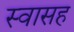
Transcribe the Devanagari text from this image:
स्‍वासह